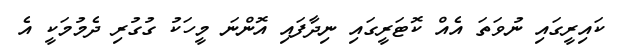
ކައިރީގައި ނުވަތަ އެއް ކޮޓަރީގައި ނިދާފައި އޮންނަ މީހަކު ގުގުރި ދެމުމަކީ އެ